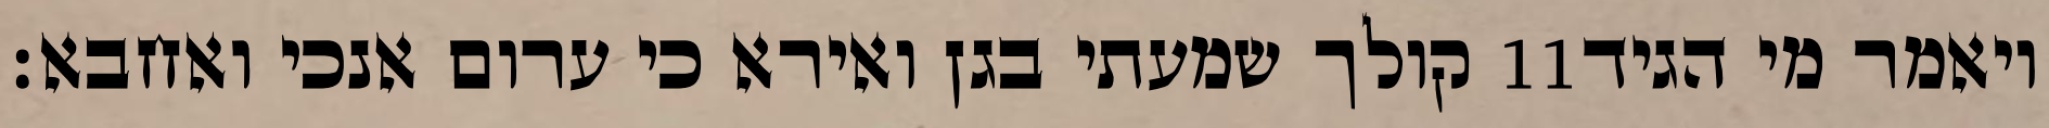
קולך שמעתי בגן ואירא כי ערום אנכי ואחבא׃ ‎11‏ ויאמר מי הגיד